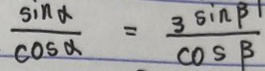
\frac { \sin \alpha } { \cos \alpha } = \frac { 3 \sin \beta } { \cos \beta }